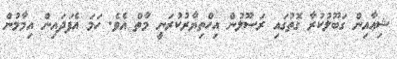
ޝިޢާއިން ގަބޫލުކުރާ ގޮތުގައި ރަސޫލުން އިހްތިޔާރުކުރަނީ މާތް އެވެ. ހަމަ އެފަދައިން އިމާމުން